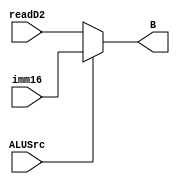
`timescale 1ns / 1ps
//////////////////////////////////////////////////////////////////////////////////
// Company: 
// Engineer: 
// 
// Design Name: 
// Module Name: muxSource
// Project Name: 
// Target Devices: 
// Tool Versions: 
// Description: 
// 
// Dependencies: 
// 
// Revision:
// Revision 0.01 - File Created
// Additional Comments:
// 
//////////////////////////////////////////////////////////////////////////////////


module muxSource(readD2,imm16,B,ALUSrc); //
       input  [31:0] readD2;
       input  [31:0] imm16;
       input  ALUSrc;
       output reg [31:0] B;
       
       always @ (*) begin
              if(ALUSrc==1) B<=imm16; //16
              else B<=readD2;  //16rt
       end
endmodule